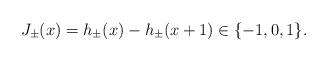
LaTeX: \begin{align*}J_\pm(x)=h_\pm(x)-h_\pm(x+1) \in \{-1, 0, 1\}.\end{align*}